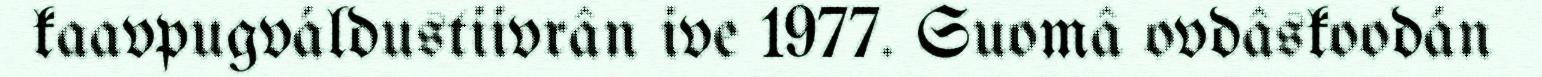
kaavpugváldustiivrân ive 1977. Suomâ ovdâskoodán